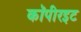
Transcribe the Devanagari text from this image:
कॉपीरइट